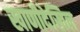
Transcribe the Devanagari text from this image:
खाणीदेखिल